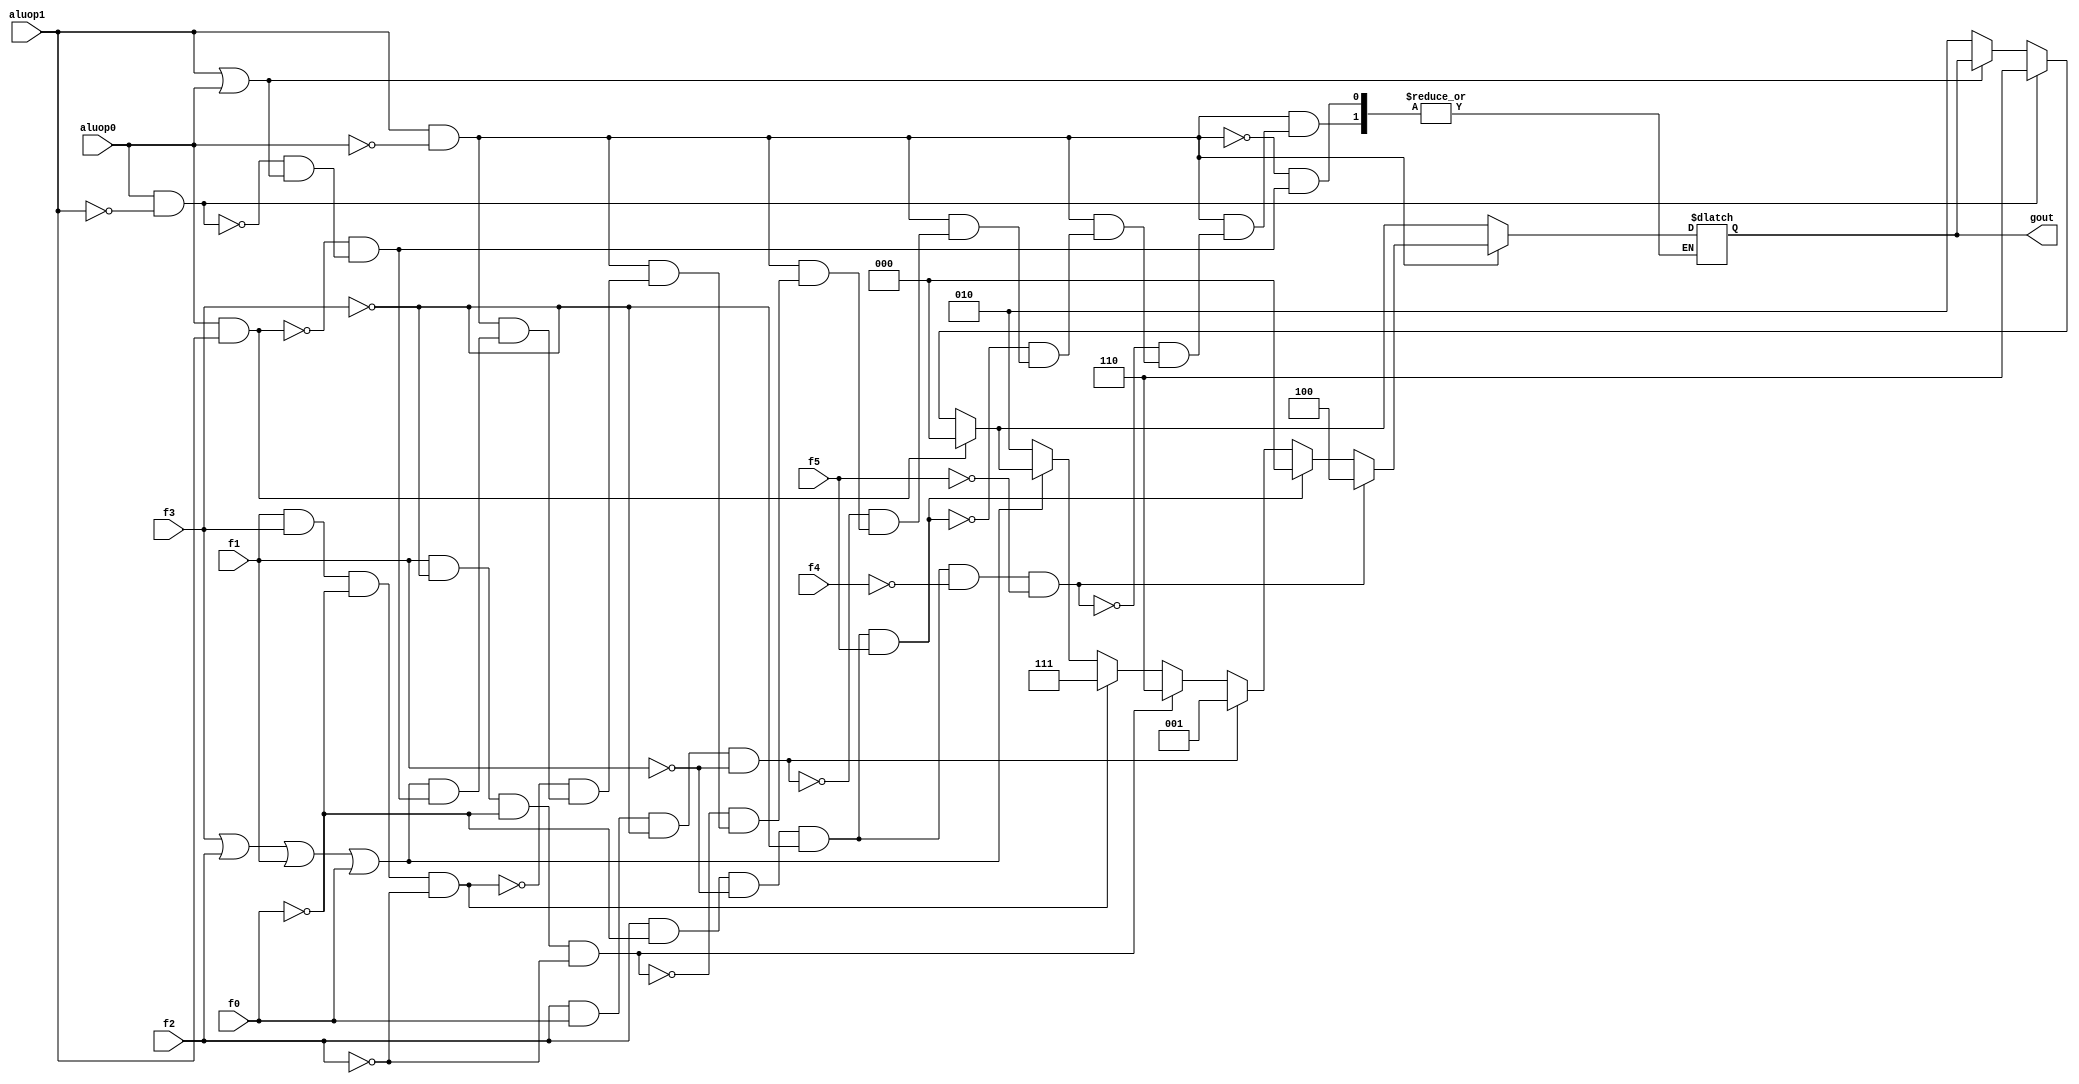
module alucont(aluop1,aluop0,f5,f4,f3,f2,f1,f0,gout);//Figure 4.12 
input aluop1,aluop0,f5,f4,f3,f2,f1,f0;
output [2:0] gout;
reg [2:0] gout;
always @(aluop1 or aluop0 or f5 or f4 or f3 or f2 or f1 or f0)
begin
if(~(aluop1|aluop0))gout=3'b010; //(add - 00) => sw - lw - jm
if(aluop0&~(aluop1))gout=3'b110; //(sub - 01) => bez - bgez
if(aluop0&aluop1)gout=3'b000; //(andi - 11) => andi
if(aluop1&~(aluop0)) //R-type (10)
begin
	if (~(f3|f2|f1|f0))gout=3'b010; 	//function code=0000,ALU control=010 (add)
	if (f1&f3&~(f0)&~(f2))gout=3'b111;			//function code=1010,ALU control=111 (set on less than)
	if (f1&~(f3)&~(f0)&~(f2))gout=3'b110;		//function code=0010,ALU control=110 (sub) 
	if (f2&f0&~(f3)&~(f1))gout=3'b001;			//function code=0101,ALU control=001 (or)
	if (f2&~(f0)&~(f1)&~(f3)&f5)gout=3'b000;		//function code=100100,ALU control=000 (and)
	if (f2&~(f0)&~(f1)&~(f3)&~(f4)&~(f5))gout=3'b100;		//function code=000100,ALU control=100 (sllv) ----
end
end
endmodule

// I have no idea what I am ~(doing | reading)